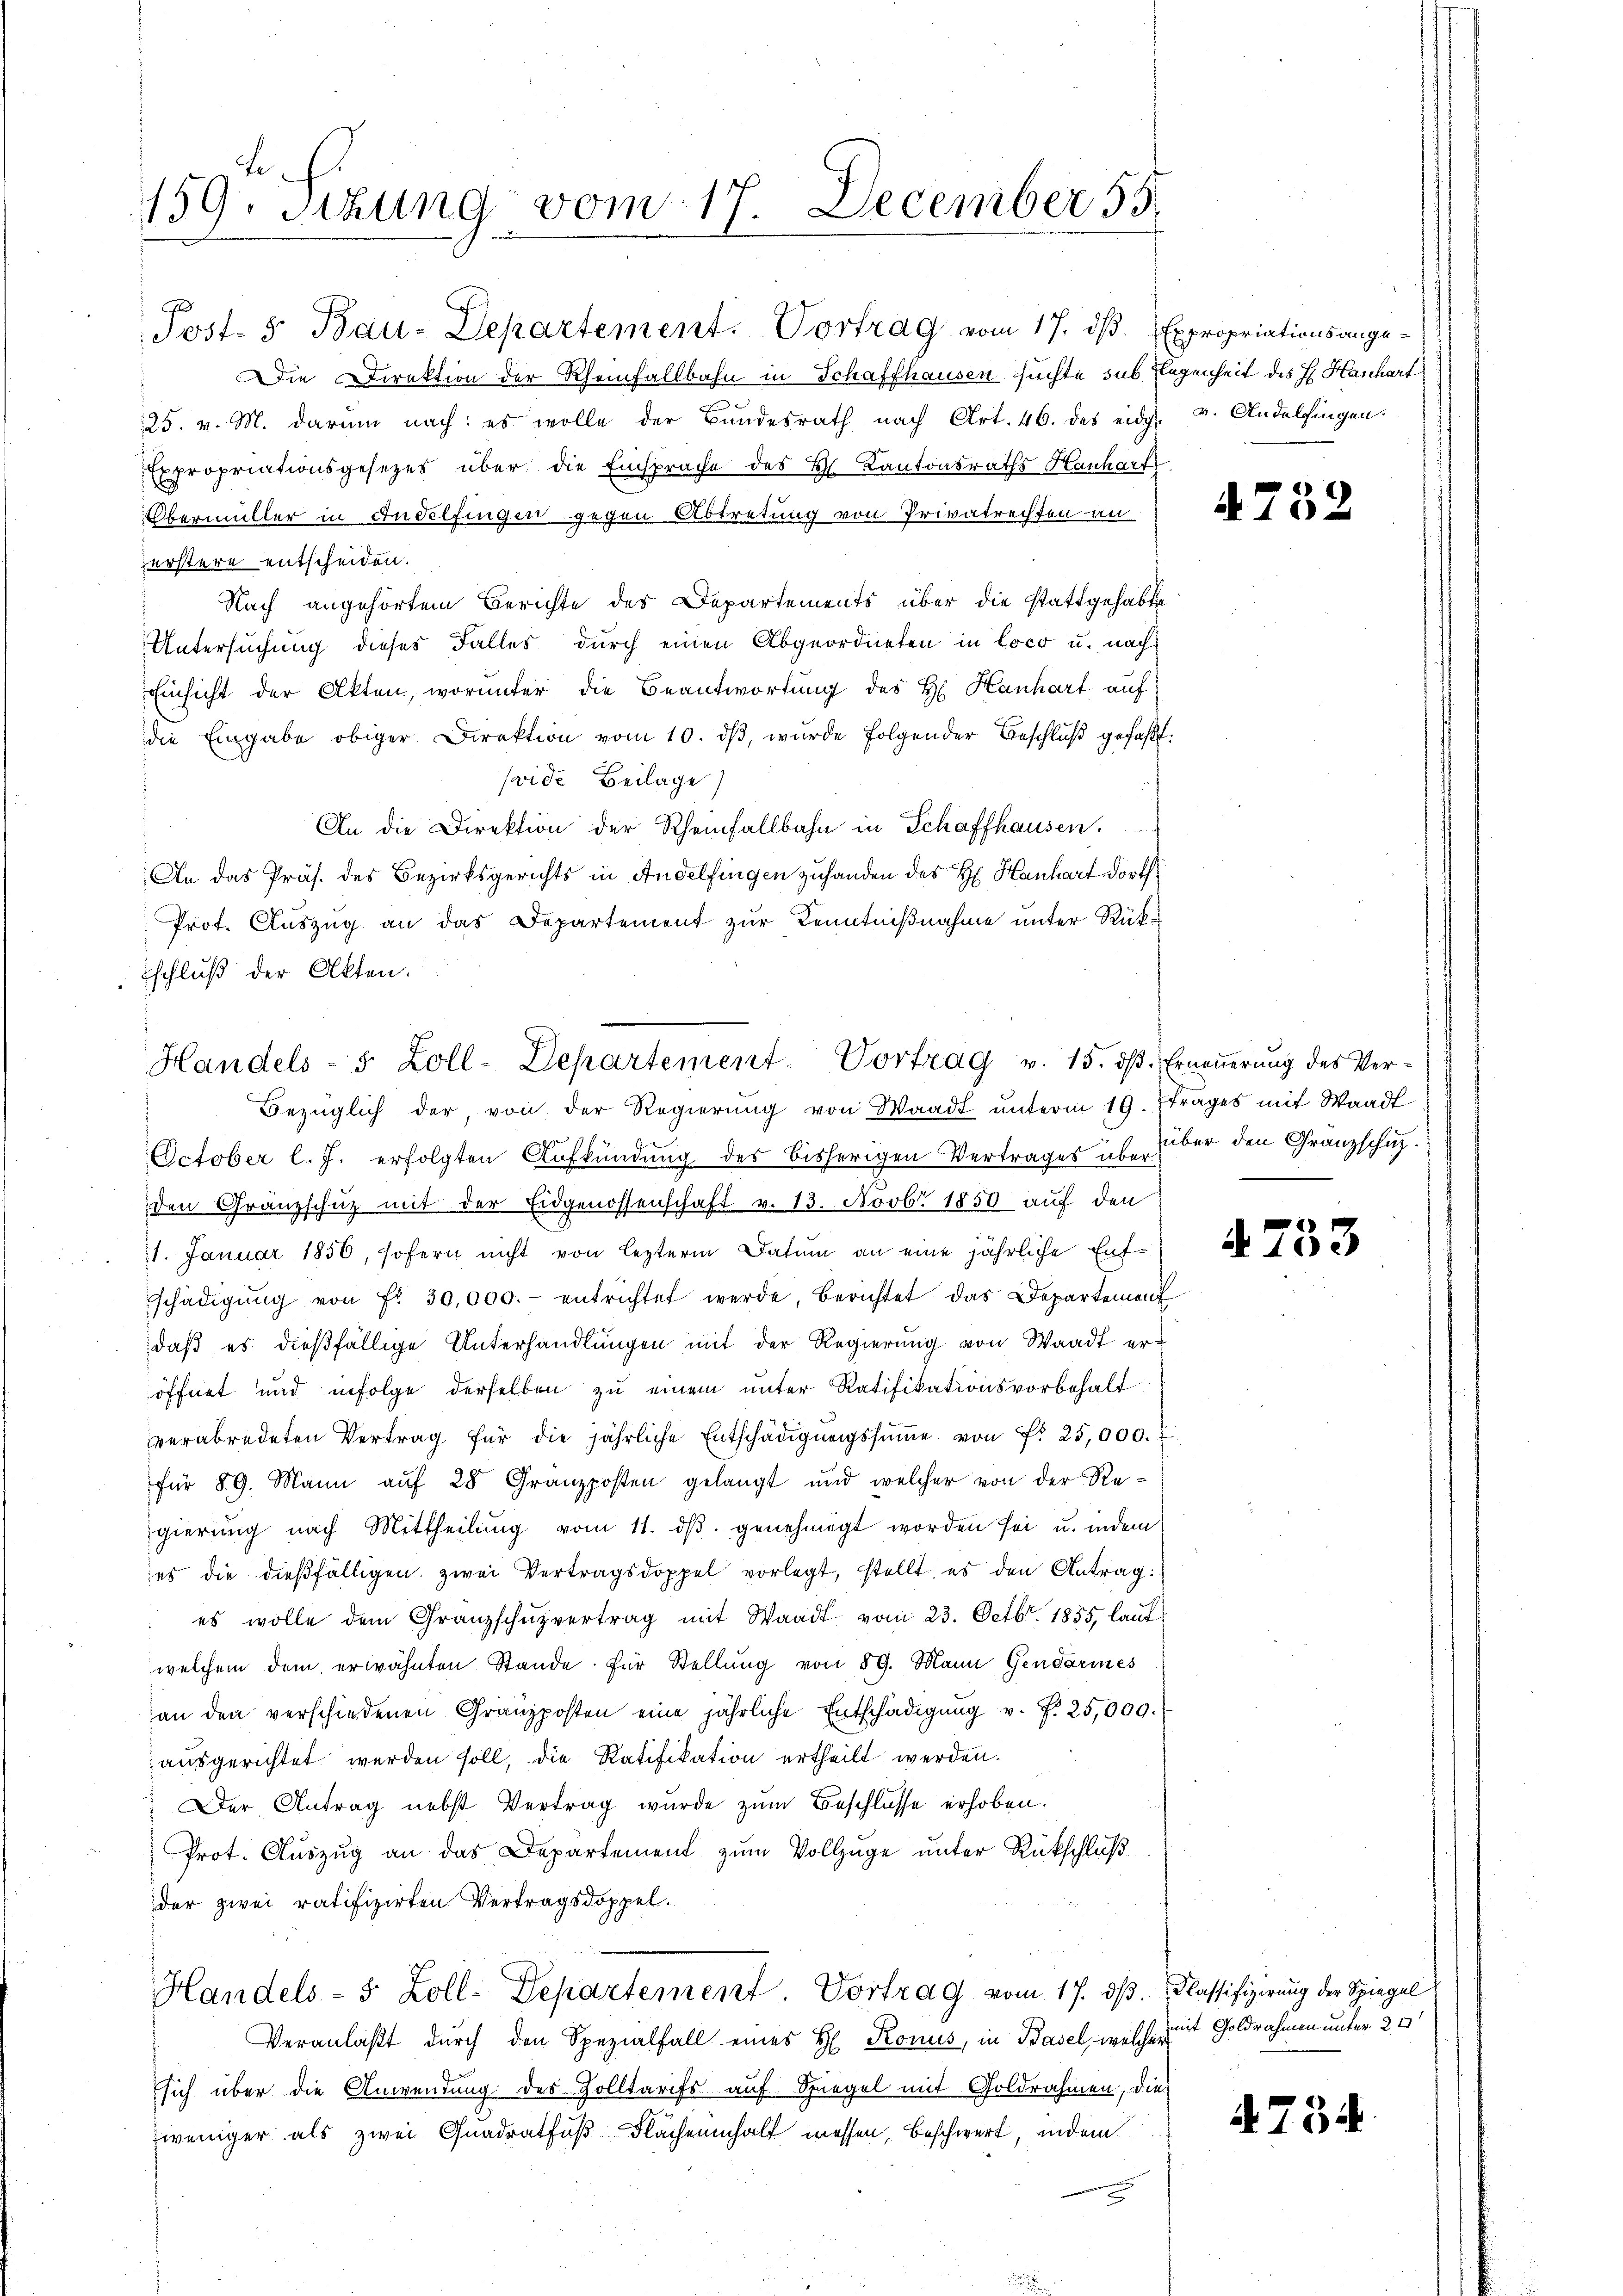
E
159. Sitzung vom 17. December 55.

Die Direktion der Rheinfallbahn in Schaffhausen suchte sub legenheit des H. Hanhart
25. v. M. darum nach: es wolle der Bundesrath nach Art. 46. des eidg. v. Andelfingen.
Expropriationsgesetzes über die Einsprache des L. Kantonsraths Hanharf
Obermüller in Andelfingen gegen Abtretung von Privatrechten an
erstere entscheiden.
Nach angehörtem Berichte des Departements über die stattgehabte
Untersuchung dieses Falles durch einen Abgeordneten in loco u. nach
Einsicht der Akten, worunter die Beantwortung des H. Hanhart auf
die Eingabe obiger Direktion vom 10. ds, wurde folgender Beschluß gefaßt.
seide Beilage
An die Direktion der Rheinfallbahn in Schaffhausen.
An das Präs. des Bezirksgerichts in Andelfingen zuhanden des H: Hanhart dorth
Prof. Auszug an das Departement zur Kenntnißnahme unter Rükschluß der Akten.
Bezüglich der von der Regierŭng von Waadt ŭnterm 19. Frages mit Waadt
October l. J. erfolgten Aufkündung des bisherigen Vertrages über über den Gränzschuzden Granzschutz mit der Eidgenossenschaft v. 13. Novbr. 1850 auf den
1. Januar 1856, sofern nicht von lezterm Datum an eine jährliche Entschädigŭng von fr. 30,000.- entrichtet werde, berichtet das Departement
daß es dießfällige Unterhandlungen mit der Regierung von Waadt eröffnet und infolge derselben zu einem unter Ratifikationsvorbehalt
verabredeten Vertrag für die jährliche Entschädigŭngssŭṁe von Fr. 25,000. 7
für 89. Mann auf 28 Granzposten gelangt und welcher von der Regierŭng nach Mittheilŭng vom 11. dβ. genehmigt worden sei u. indem
es die dießfälligen zwei Vertragsdoppel vorlegt, stellt, es den Antrag:
es wolle dem Granzschŭzvertrag mit Waadt vom 23. Octbr. 1855, laut
welchem dem erwähnten Stande für Stellung von 59. Mann Gendarmes
an den verschiedenen Granzposten eine jährliche Entschädigŭng v. f. 25,009.
ausgerichtet werden soll, die Ratifikation ertheilt werden.
Der Antrag nebst Vertrag wurde zum Beschlüsse erhoben.
Prot. Auszug an das Departement zum Vollzüge unter Rückschluß
der zwei ratifizierten Vertragsdoppel.
Handels- 5 Zoll-Departement. Vortrag vom 17. ds. Klassifizirung der Spiegel
Veranlaßt durch den Spezialfall eines H. Ronus, in Basel, welcher
sich über die Anwendung des Zolltarifs auf Spiegel mit Goldrahmen, die
weniger als zwei Quadratfuß Flächeninhalt messen, beschwert, indem

Post- 5. Bau-Departement. Vortrag vom 17. dβ. Expropriationsange-

Handels- 5 Zoll-Departement-Vortrag v. 15. dβ. Erneṅerŭng des Ver-

4732

.

A 733

mit Goldrahmen unter 24

4734.